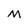
Character: M